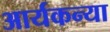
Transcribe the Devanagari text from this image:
आर्यकन्या